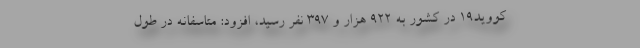
کووید۱۹ در کشور به ۹۲۲ هزار و ۳۹۷ نفر رسید، افزود: متاسفانه در طول